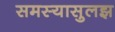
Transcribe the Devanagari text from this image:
समस्यासुलझ